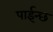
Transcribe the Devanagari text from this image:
पाईन्छ